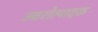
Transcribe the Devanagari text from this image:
ज्वरोत्पादक